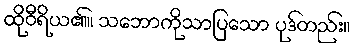
ထိုဝီရိယ၏။ သဘောကိုသာပြသော ပုဒ်တည်း။